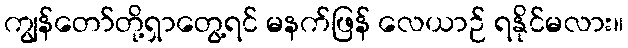
ကျွန်တော်တို့ရှာတွေ့ရင် မနက်ဖြန် လေယာဉ် ရနိုင်မလား။